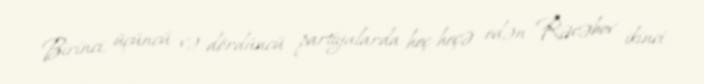
Birinci, üçüncü və dördüncü partiyalarda heç-heçə edən Rəcəbov ikinci